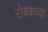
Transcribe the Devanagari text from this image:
रोबकच्या